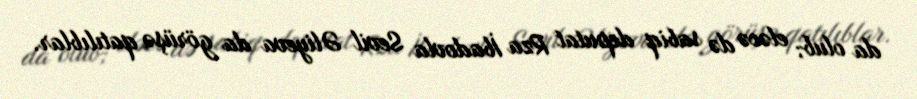
da olub; eləcə də sabiq deputat Rza İbadovla Sevil Əliyeva da görüşə qatılıblar.